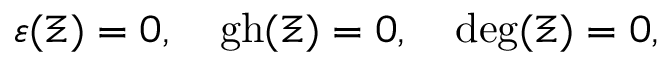
\varepsilon ( \Xi ) = 0 , \quad \mathrm { g h } ( \Xi ) = 0 , \quad \mathrm { d e g } ( \Xi ) = 0 ,